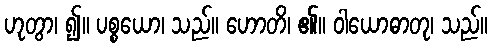
ဟုတွာ၊ ၍။ ပစ္စယော၊ သည်။ ဟောတိ၊ ၏။ ဝါယောဓာတု၊ သည်။